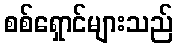
စစ်ရှောင်များသည်